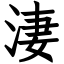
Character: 淒